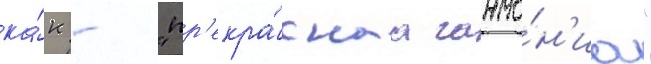
ка́к - "пр'екра́снаа гармо́н'иа"